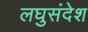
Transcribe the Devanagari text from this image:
लघुसंदेश